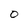
Character: O